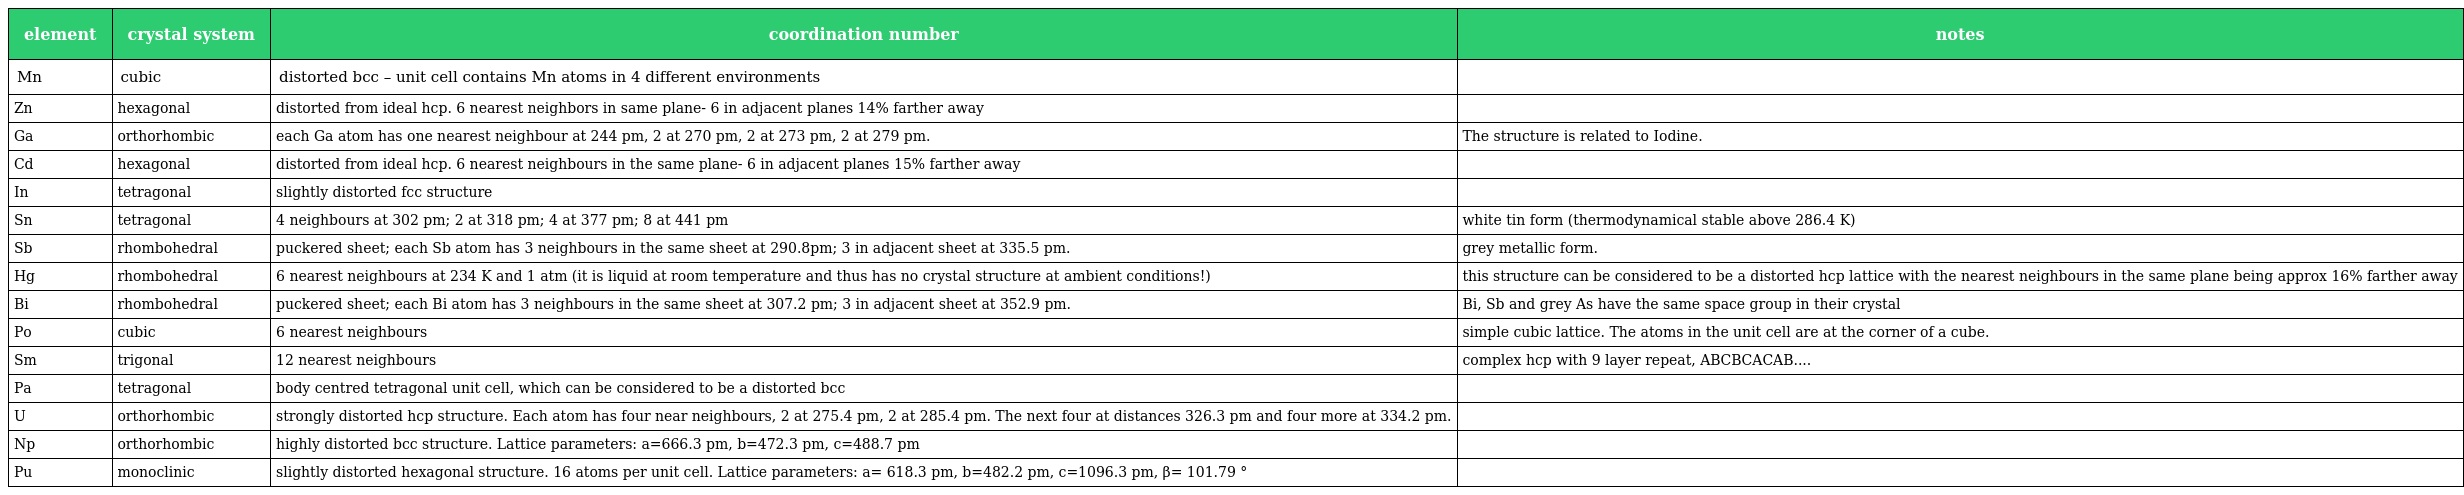
| element | crystal system | coordination number | notes |
 | --- | --- | --- | --- |
 | Mn | cubic | distorted bcc – unit cell contains Mn atoms in 4 different environments |  |
 | Zn | hexagonal | distorted from ideal hcp. 6 nearest neighbors in same plane- 6 in adjacent planes 14% farther away |  |
 | Ga | orthorhombic | each Ga atom has one nearest neighbour at 244 pm, 2 at 270 pm, 2 at 273 pm, 2 at 279 pm. | The structure is related to Iodine. |
 | Cd | hexagonal | distorted from ideal hcp. 6 nearest neighbours in the same plane- 6 in adjacent planes 15% farther away |  |
 | In | tetragonal | slightly distorted fcc structure |  |
 | Sn | tetragonal | 4 neighbours at 302 pm; 2 at 318 pm; 4 at 377 pm; 8 at 441 pm | white tin form (thermodynamical stable above 286.4 K) |
 | Sb | rhombohedral | puckered sheet; each Sb atom has 3 neighbours in the same sheet at 290.8pm; 3 in adjacent sheet at 335.5 pm. | grey metallic form. |
 | Hg | rhombohedral | 6 nearest neighbours at 234 K and 1 atm (it is liquid at room temperature and thus has no crystal structure at ambient conditions!) | this structure can be considered to be a distorted hcp lattice with the nearest neighbours in the same plane being approx 16% farther away |
 | Bi | rhombohedral | puckered sheet; each Bi atom has 3 neighbours in the same sheet at 307.2 pm; 3 in adjacent sheet at 352.9 pm. | Bi, Sb and grey As have the same space group in their crystal |
 | Po | cubic | 6 nearest neighbours | simple cubic lattice. The atoms in the unit cell are at the corner of a cube. |
 | Sm | trigonal | 12 nearest neighbours | complex hcp with 9 layer repeat, ABCBCACAB.... |
 | Pa | tetragonal | body centred tetragonal unit cell, which can be considered to be a distorted bcc |  |
 | U | orthorhombic | strongly distorted hcp structure. Each atom has four near neighbours, 2 at 275.4 pm, 2 at 285.4 pm. The next four at distances 326.3 pm and four more at 334.2 pm. |  |
 | Np | orthorhombic | highly distorted bcc structure. Lattice parameters: a=666.3 pm, b=472.3 pm, c=488.7 pm |  |
 | Pu | monoclinic | slightly distorted hexagonal structure. 16 atoms per unit cell. Lattice parameters: a= 618.3 pm, b=482.2 pm, c=1096.3 pm, β= 101.79 ° |  |